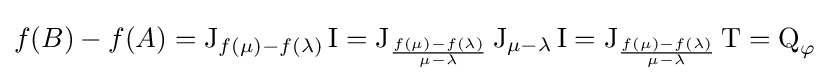
f(B)-f(A)=\operatorname {J} _{f(\mu )-f(\lambda )}\operatorname {I} =\operatorname {J} _{\frac {f(\mu )-f(\lambda )}{\mu -\lambda }}\operatorname {J} _{\mu -\lambda }\operatorname {I} =\operatorname {J} _{\frac {f(\mu )-f(\lambda )}{\mu -\lambda }}\operatorname {T} =\operatorname {Q} _{\varphi }